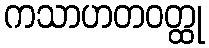
ကသာဟတဝတ္ထု